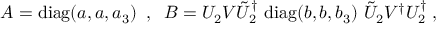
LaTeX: A = \mathrm { d i a g } ( a , a , a _ { 3 } ) \; \; , \; \; B = U _ { 2 } V \tilde { U } _ { 2 } ^ { \dagger } ~ \mathrm { d i a g } ( b , b , b _ { 3 } ) ~ \tilde { U } _ { 2 } V ^ { \dagger } U _ { 2 } ^ { \dagger } \; ,